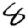
Digit: 8